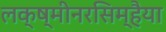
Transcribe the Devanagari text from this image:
लक्ष्मीनरसिम्हैया